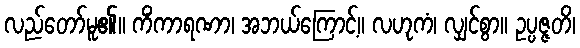
လည်တော်မူ၏။ ကိံကာရဏာ၊ အဘယ်ကြောင့်။ လဟုကံ၊ လျှင်စွာ။ ဥပ္ပဇ္ဇတိ၊